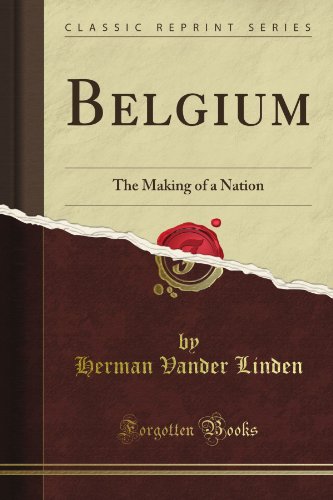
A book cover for Belgium, the Making of a Nation (Classic Reprint); Herman Vander Linden; History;